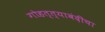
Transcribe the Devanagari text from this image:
गोहत्त्याबंदीचा